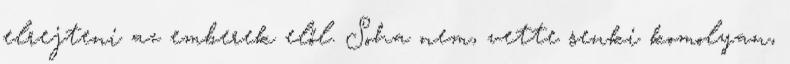
elrejteni az emberek elől. Soha nem, vette senki komolyan,